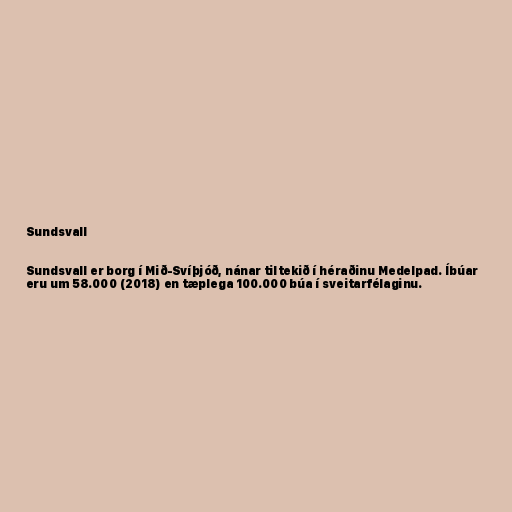
Sundsvall

Sundsvall er borg í Mið-Svíþjóð, nánar tiltekið í héraðinu Medelpad. Íbúar
eru um 58.000 (2018) en tæplega 100.000 búa í sveitarfélaginu.